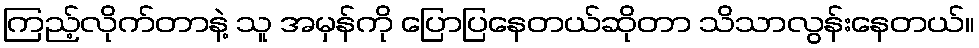
ကြည့်လိုက်တာနဲ့ သူ အမှန်ကို ပြောပြနေတယ်ဆိုတာ သိသာလွန်းနေတယ်။